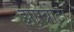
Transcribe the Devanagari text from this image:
झाम्ब्रोटा